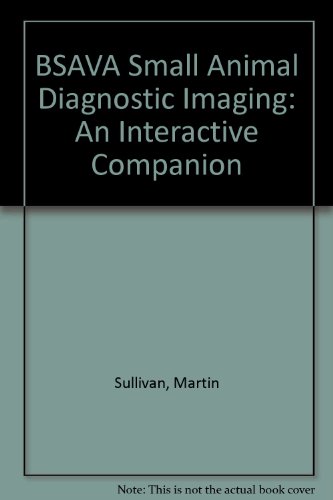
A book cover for BSAVA Small Animal Diagnostic Imaging: An Interactive Companion, CD-ROM; Martin Sullivan; Medical Books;